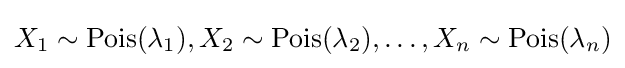
X_{1}\sim \operatorname {Pois} (\lambda _{1}),X_{2}\sim \operatorname {Pois} (\lambda _{2}),\dots ,X_{n}\sim \operatorname {Pois} (\lambda _{n})